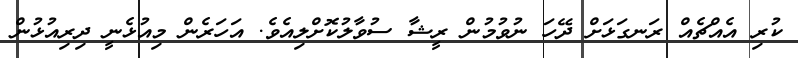
ކުރި އެއްޗެއް ރަނގަޅަށް ދޭހަ ނުވުމުން ރީޝާ ސުވާލުކޮށްލިއެވެ. އަހަރެން މިއުޅެނީ ދިރިއުޅުން